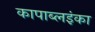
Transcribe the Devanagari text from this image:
कापाब्लइंका